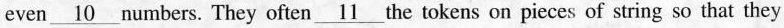
even \underline{10} numbers. They often \underline{11} the tokens on pieces of string so that they